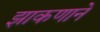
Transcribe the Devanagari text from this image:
झाकणाने